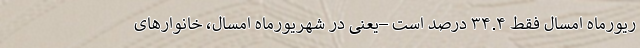
ریورماهِ امسال فقط ۳۴.۴ درصد است –یعنی در شهریورماه امسال، خانوارهای